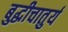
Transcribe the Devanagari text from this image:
बुद्धीचातुर्य